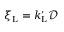
\xi _ { \mathrm { L } } = k _ { \mathrm { L } } ^ { \prime } \mathcal { D }